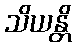
သိယန္တိ